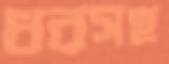
ধরসহ